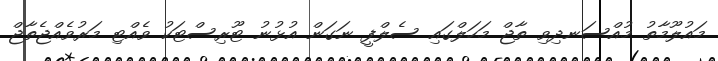
މައުލޫމާތު މުއްސަނދިވި ތާޖް މަހަލްގައި ސެލްފީ ނަގަން އުޅުނު ޓޫރިސްޓަކު ވެއްޓި މަރުވެއްޖެތާޖް